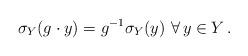
LaTeX: \begin{align*}\sigma_Y(g\cdot y) = g^{-1} \sigma_Y(y) \,\,\forall\,y\in Y\,.\end{align*}